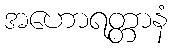
အဟောရတ္တာနံ